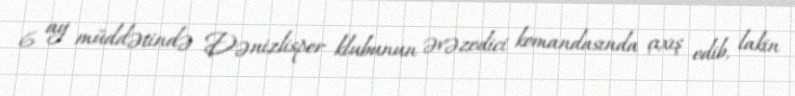
6 ay müddətində Dənizlispor klubunun əvəzedici komandasında çıxış edib, lakin